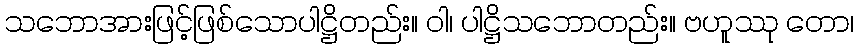
သဘောအားဖြင့်ဖြစ်သောပါဋ္ဌိတည်း။ ဝါ၊ ပါဋ္ဌိသဘောတည်း။ ဗဟူဿု တော၊